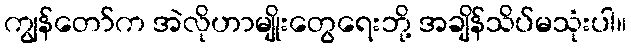
ကျွန်တော်က အဲလိုဟာမျိုးတွေရေးဘို့ အချိန်သိပ်မသုံးပါ။